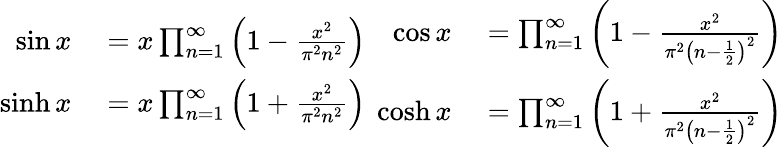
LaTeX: {\begin{array}{rl}{\sin x}&{{}=x\prod_{n=1}^{\infty}\left(1-{\frac{x^{2}}{\pi^{2}n^{2}}}\right)}\\ {\sinh x}&{{}=x\prod_{n=1}^{\infty}\left(1+{\frac{x^{2}}{\pi^{2}n^{2}}}\right)}\end{array}}\ \, {\begin{array}{rl}{\cos x}&{{}=\prod_{n=1}^{\infty}\left(1-{\frac{x^{2}}{\pi^{2}\left(n-{\frac{1}{2}}\right)^{2}}}\right)}\\ {\cosh x}&{{}=\prod_{n=1}^{\infty}\left(1+{\frac{x^{2}}{\pi^{2}\left(n-{\frac{1}{2}}\right)^{2}}}\right)}\end{array}}